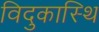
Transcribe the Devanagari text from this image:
विदुकास्थि